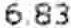
6.83